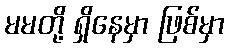
မမတို့ ရှိနေမှာ ဖြစ်မှာ